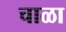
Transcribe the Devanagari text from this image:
चाळा